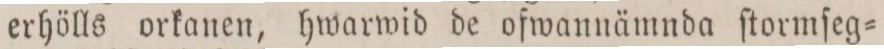
erhölls orkanen, hwarwid de ofwannämnda ſtormſeg=